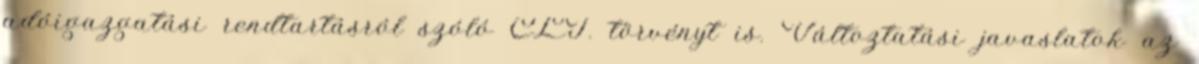
adóigazgatási rendtartásról szóló CLI. törvényt is. Változtatási javaslatok az